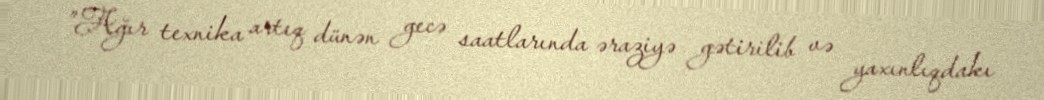
”Ağır texnika artıq dünən gecə saatlarında əraziyə gətirilib və yaxınlıqdakı